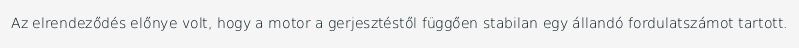
Az elrendeződés előnye volt, hogy a motor a gerjesztéstől függően stabilan egy állandó fordulatszámot tartott.